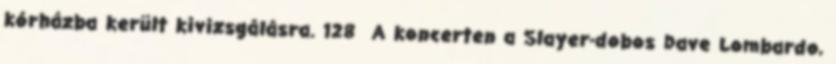
kórházba került kivizsgálásra. 128 A koncerten a Slayer-dobos Dave Lombardo,